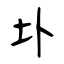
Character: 圤